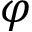
\varphi